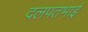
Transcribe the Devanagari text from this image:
दलपतभाई